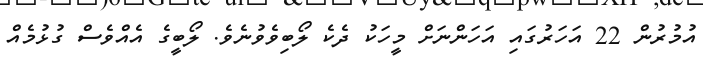
އުމުރުން 22 އަހަރުގައި އަހަންނަށް މީހަކު ދެކެ ލޯބިވެވުނެވެ. ލޯބީގެ އެއްވެސް ގުޅުމެއް